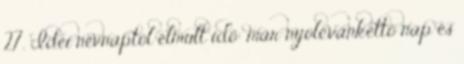
27. Idei névnaptól elmult idő: már nyolcvankettő nap és